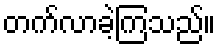
တက်လာခဲ့ကြသည်။